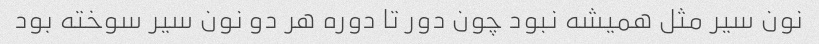
نون سیر مثل همیشه نبود چون دور تا دوره هر دو نون سیر سوخته بود